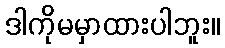
ဒါကိုမမှာထားပါဘူး။